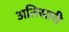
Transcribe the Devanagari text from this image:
अतिसारी